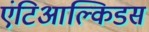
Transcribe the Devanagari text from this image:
एंटिआल्किडस